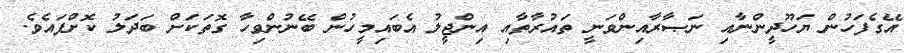
އޭގެފަހުން ޔަހޫދީންނާއި ނަޞާރާއިންވަނީ ތައުރާތާއި އިންޖީލު އެބައިމީހުން ބޭނުންވިހާ ގޮތަކަށް ބަދަލު ކޮށްފައެވެ.